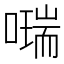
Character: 𠿩